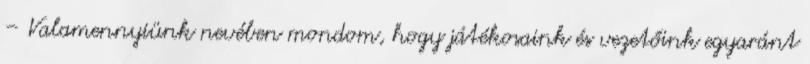
– Valamennyiünk nevében mondom, hogy játékosaink és vezetőink egyaránt